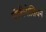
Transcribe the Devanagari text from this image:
पॉलीनोसियन